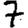
Digit: 7